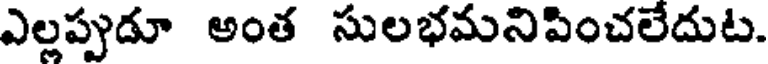
ఎల్లప్పుడూ అంత సులభమనిపించలేదుట.